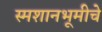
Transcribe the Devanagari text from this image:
स्मशानभूमीचे